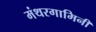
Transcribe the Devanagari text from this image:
मंथरगामिनी